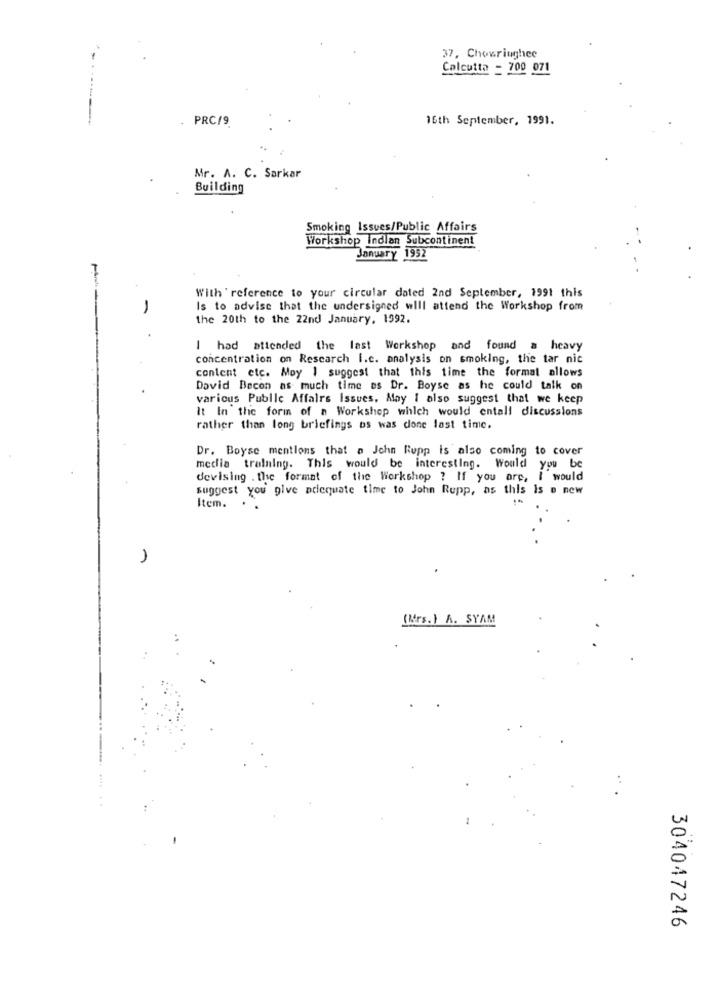
37, Chowriughee
Calcutta - 700 071
. PRC/9
16th September, 1991.
Mr. A. C. Sarkar
Building
Smoking Issues/Public Affairs
Workshop Indian Subcontinent
January 1952
With reference to your circular dated 2nd September, 1991 this
-
Is to advise that the undersigned will attend the Workshop from
the 20th to the 22nd January, 1992.
I had attended the last Workshop and found a heavy
concentration on Research I.c. analysis on smoking, the tar nic
content etc. May I suggest that this time the formal allows
David Bacon as much time es Dr. Boyse as he could talk on
various Public Affairs Issues, May I also suggest that we keep
It In the form of a Workshop which would entall discussions
rather than long briefings os was done last time.
Dr. Boyse mentions that a John Rupp is also coming to cover
media training. This would be interesting. Would you be
devising . the format of the Workshop ? If you are, I would
suggest you give adequate time to John Rupp, as this is e new
Item.
.
(Mrs.) A. SYAM
304047246